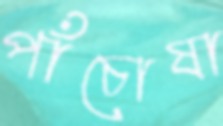
পাঁচোষা